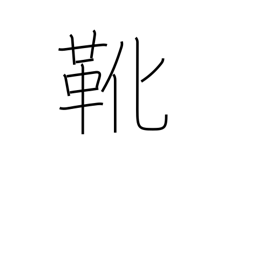
Meaning: shoes